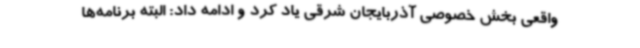
واقعی بخش خصوصی آذربایجان شرقی یاد کرد و ادامه داد: البته برنامه‌ها